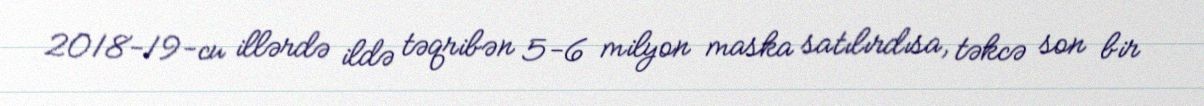
2018-19-cu illərdə ildə təqribən 5-6 milyon maska satılırdısa, təkcə son bir